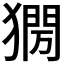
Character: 𤡌